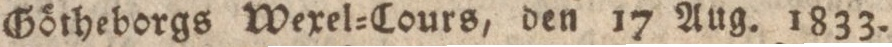
Götheborgs Wexel-Cours, den 17 Aug. 1833.